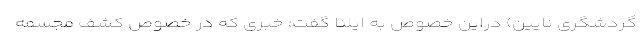
گردشگری نایین) دراین خصوص به ایلنا گفت: خبری که در خصوص کشف مجسمه